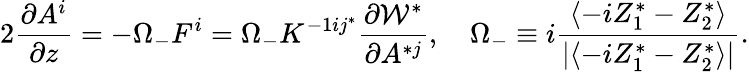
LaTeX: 2{\frac{\partial A^{i}}{\partial z}}=-\Omega_{-}F^{i}=\Omega_{-}K^{-1ij^{*}}\frac{\partial{\cal W}^{*}}{\partial A^{*j}},\quad\Omega_{-}\equiv i\frac{\langle-iZ_{1}^{*}-Z_{2}^{*}\rangle}{|\langle-iZ_{1}^{*}-Z_{2}^{*}\rangle|}.